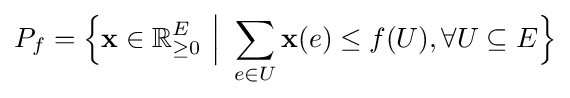
P_{f}={\Big \{}{\textbf {x}}\in \mathbb {R} _{\geq 0}^{E}~{\Big |}~\sum _{e\in U}{\textbf {x}}(e)\leq f(U),\forall U\subseteq E{\Big \}}